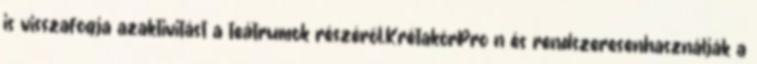
is visszafogja azaktivitást a teátrumok részéről.KrétakörProﬁn és rendszeresenhasználják a